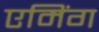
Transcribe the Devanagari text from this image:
एमिंग